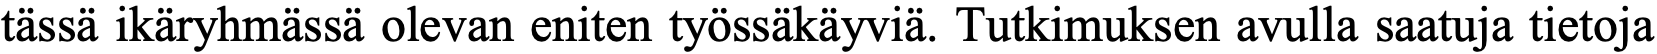
tässä ikäryhmässä olevan eniten työssäkäyviä. Tutkimuksen avulla saatuja tietoja